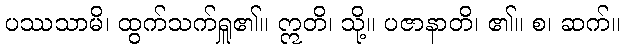
ပဿသာမိ၊ ထွက်သက်ရှူ၏။ ဣတိ၊ သို့။ ပဇာနာတိ၊ ၏။ စ၊ ဆက်။